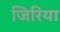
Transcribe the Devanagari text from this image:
जिरिया